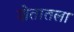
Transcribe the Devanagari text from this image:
शेतातला